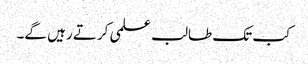
کب تک طالب علمی کرتے رہیں گے۔